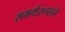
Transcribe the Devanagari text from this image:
समर्थरूपाने